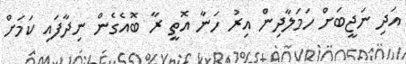
އަދި ނަޖީބަށް ހަމަލާދިން އިރު ހަނާ އޮތީ ރާ ބޮއެގެން ނިދާފައި ކަމަށް